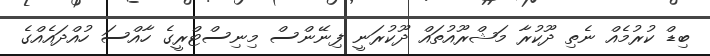
ބިޑް ކުރުމެއް ނެތި ދޫކުރާ މަޝްރޫއުތައް ދޫކުރަނީ ފިނޭންސް މިނިސްޓްރީގެ ހާއްސަ ހުއްދައެއްގެ